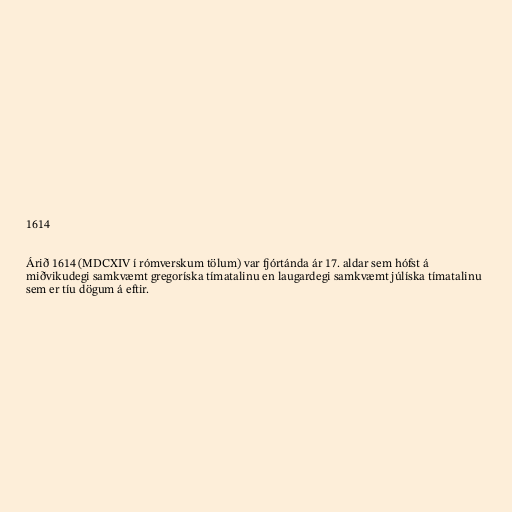
1614

Árið 1614 (MDCXIV í rómverskum tölum) var fjórtánda ár 17. aldar sem hófst á
miðvikudegi samkvæmt gregoríska tímatalinu en laugardegi samkvæmt júlíska tímatalinu
sem er tíu dögum á eftir.